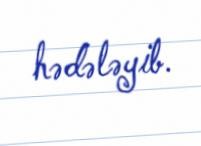
hədələyib.